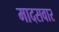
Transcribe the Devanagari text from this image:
मादसवार